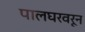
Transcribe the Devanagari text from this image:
पालघरवरून